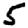
Digit: 5